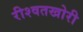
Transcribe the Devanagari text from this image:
रीश्वतखोरी